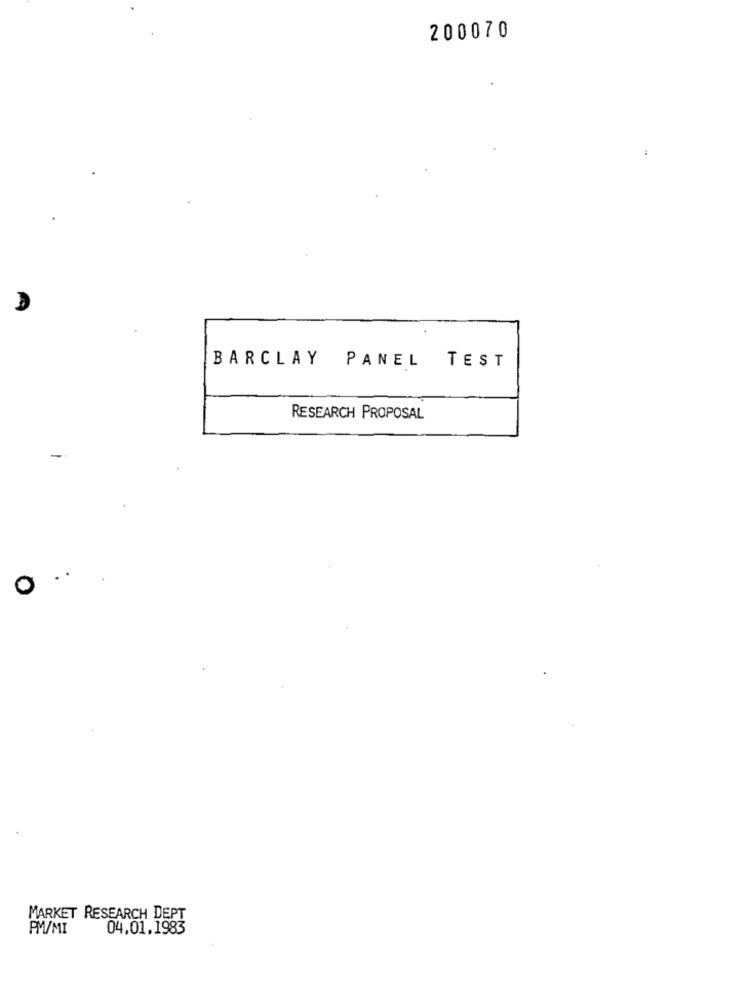
200070
BARCLAY PANEL TEST
RESEARCH PROPOSAL
-
O ..
MARKET RESEARCH DEPT
PM/MI
04.01.1983